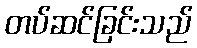
တပ်ဆင်ခြင်းသည်